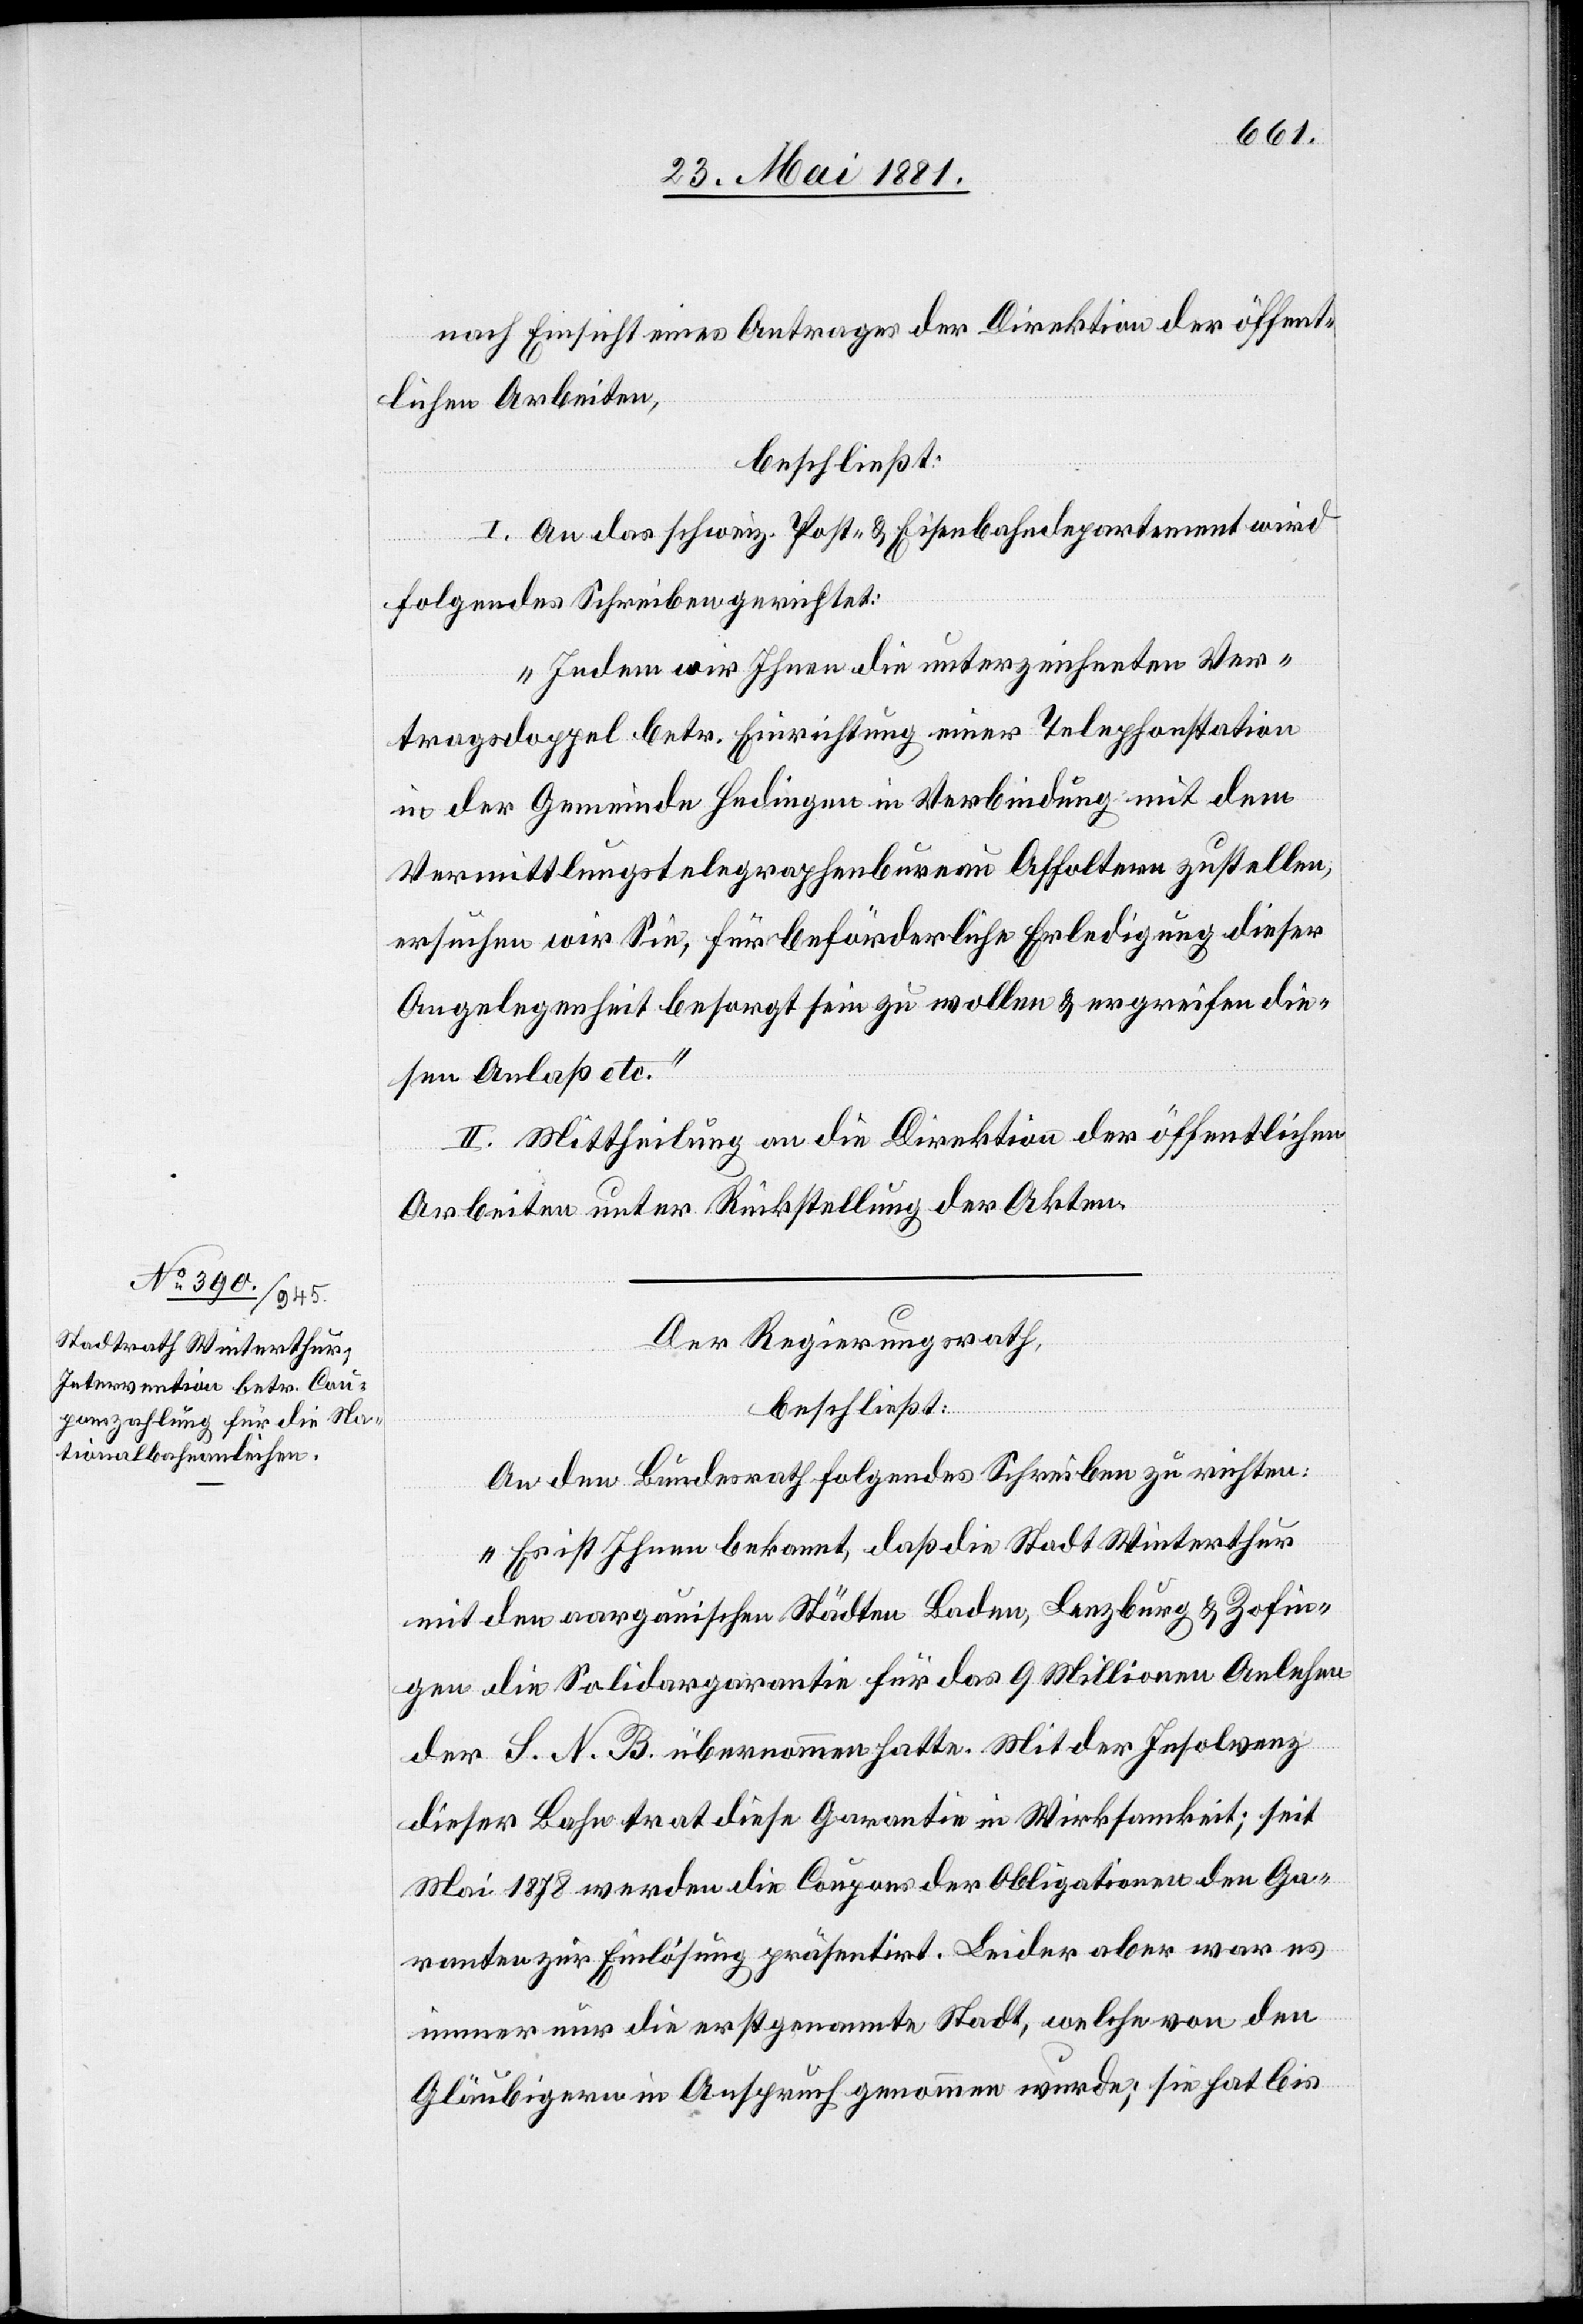
nach Einsicht eines Antrages der Direktion der öffent¬
lichen Arbeiten,
beschließt:
I. An das schweiz. Post- & Eisenbahndepartement wird
folgendes Schreiben gerichtet:
„Indem wir Ihnen die unterzeichneten Ver¬
tragsdoppel betr. Einrichtung einer Telephonstation
in der Gemeinde Hedingen in Verbindung mit dem
Vermittlungstelegraphenbureau Affoltern zustellen,
ersuchen wir Sie, für beförderliche Erledigung dieser
Angelegenheit besorgt sein zu wollen & ergreifen die¬
sen Anlaß etc.“
II. Mittheilung an die Direktion der öffentlichen
Arbeiten unter Rücksendung der Akten.
Der Regierungsrath,
beschließt:
An den Bundesrath folgendes Schreiben zu richten:
„Es ist Ihnen bekannt, daß die Stadt Winterthur
mit den aargauischen Städten Baden, Lenzburg & Zofin¬
gen die Solidargarantie für das 9 Millionen Anlehen
der S. N. B. übernommen hatte. Mit der Insolvenz
dieser Bahn trat diese Garantie in Wirksamkeit; seit
Mai 1878 werden die Coupons der Obligationen den Ga¬
ranten zur Einlösung präsentirt. Leider aber war es
immer nur die erstgenannte Stadt, welche von den
Gläubigern in Anspruch genommen wurde; sie hat bis